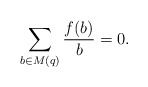
\begin{align*} \sum_{b\in M(q)}\frac{f(b)}{b}=0. \end{align*}